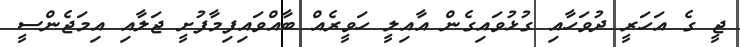
ޖީ ގެ އަހަރީ ދުވަހާއި ގުޅުވައިގެން އާއިލީ ހަވީރެއް ބާއްވައިފިމާފުށީ ޖަލާއި އިމަޖެންސީ